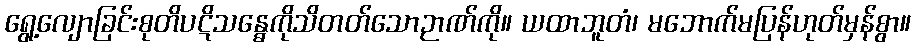
ရွေ့လျောခြင်းစုတိပဋိသန္ဓေကိုသိတတ်သောဉာဏ်ကို။ ယထာဘူတံ၊ မဘောက်မပြန်ဟုတ်မှန်စွာ။